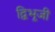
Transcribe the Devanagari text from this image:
द्विभूजी